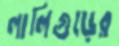
লালিগুড়ের